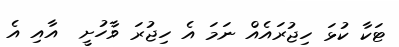
ޓަކާ ކުޅަ ހިޖުރައެއް ނަމަ އެ ހިޖުރަ ވާހުށީ  އާއި އެ